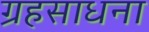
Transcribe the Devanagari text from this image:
ग्रहसाधना